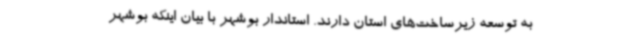
به توسعه زیرساخت‌های استان دارند. استاندار بوشهر با بیان اینکه بوشهر